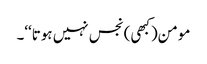
مومن(کبھی) نجس نہیں ہوتا‘‘۔